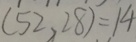
( 5 2 , 2 8 ) = 1 4